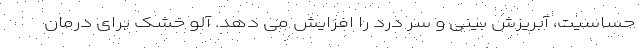
حساسیت، آبریزش بینی و سر درد را افزایش می دهد. آلو خشک برای درمان